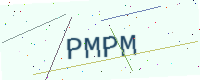
Text: PMPM